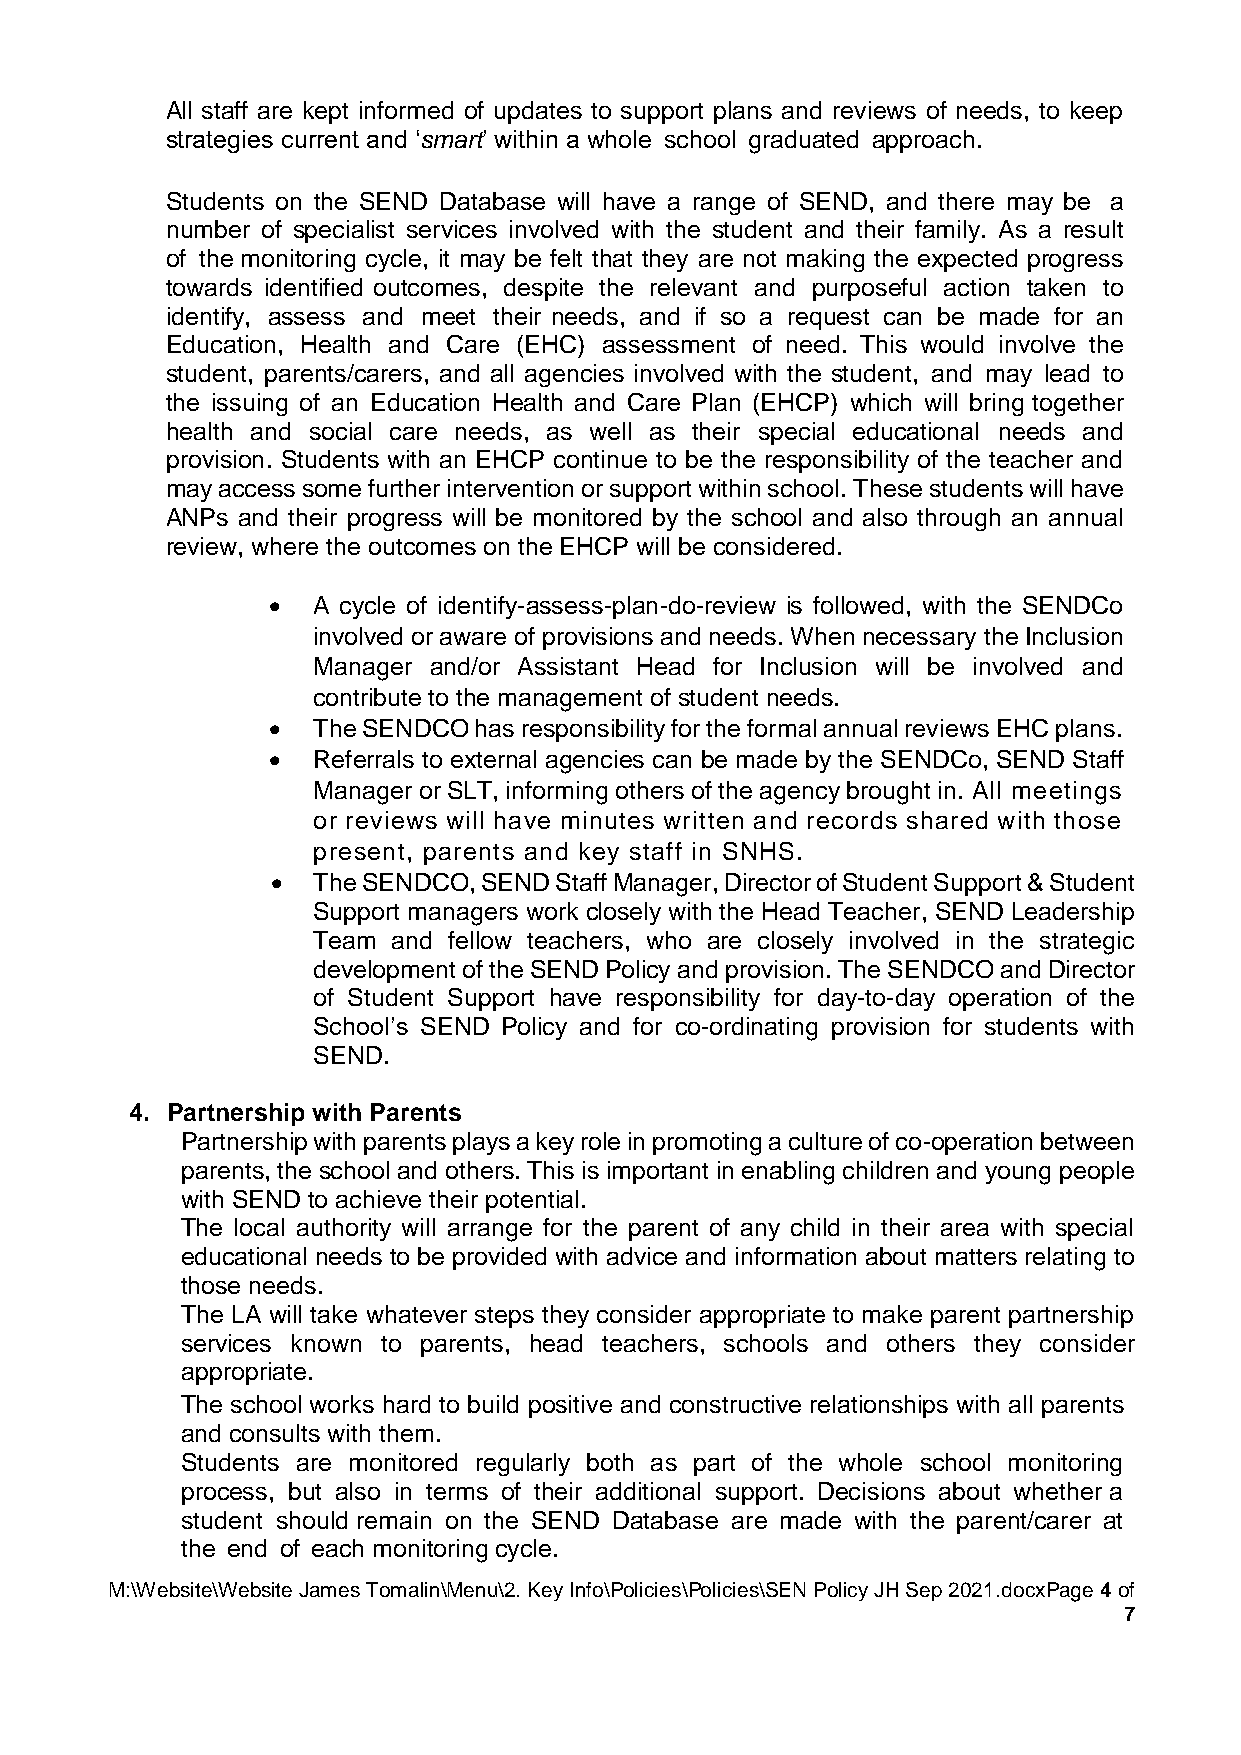
All staff are kept informed of updates to support plans and reviews of needs, to keep
 strategies current and ‘smart’ within a whole school graduated approach.
 Students on the SEND Database will have a range of SEND, and there may be a
 number of specialist services involved with the student and their family. As a result
 of the monitoring cycle, it may be felt that they are not making the expected progress
 towards identified outcomes, despite the relevant and purposeful action taken to
 identify, assess and meet their needs, and if so a request can be made for an
 Education, Health and Care (EHC) assessment of need. This would involve the
 student, parents/carers, and all agencies involved with the student, and may lead to
 the issuing of an Education Health and Care Plan (EHCP) which will bring together
 health and social care needs, as well as their special educational needs and
 provision. Students with an EHCP continue to be the responsibility of the teacher and
 may access some further intervention or support within school. These students will have
 ANPs and their progress will be monitored by the school and also through an annual
 review, where the outcomes on the EHCP will be considered.
 •  A cycle of identify-assess-plan-do-review is followed, with the SENDCo
 involved or aware of provisions and needs. When necessary the Inclusion
 Manager and/or Assistant Head for Inclusion will be involved and
 contribute to the management of student needs.
 •  The SENDCO has responsibility for the formal annual reviews EHC plans.
 •  Referrals to external agencies can be made by the SENDCo, SEND Staff
 Manager or SLT, informing others of the agency brought in. All meetings
 or reviews will have minutes written and records shared with those
 present, parents and key staff in SNHS.
 •  The SENDCO, SEND Staff Manager, Director of Student Support & Student
 Support managers work closely with the Head Teacher, SEND Leadership
 Team and fellow teachers, who are closely involved in the strategic
 development of the SEND Policy and provision. The SENDCO and Director
 of Student Support have responsibility for day-to-day operation of the
 School’s SEND Policy and for co-ordinating provision for students with
 SEND.
 4. Partnership with Parents
 Partnership with parents plays a key role in promoting a culture of co-operation between
 parents, the school and others. This is important in enabling children and young people
 with SEND to achieve their potential.
 The local authority will arrange for the parent of any child in their area with special
 educational needs to be provided with advice and information about matters relating to
 those needs.
 The LA will take whatever steps they consider appropriate to make parent partnership
 services known to parents, head teachers, schools and others they consider
 appropriate.
 The school works hard to build positive and constructive relationships with all parents
 and consults with them.
 Students are monitored regularly both as part of the whole school monitoring
 process, but also in terms of their additional support. Decisions about whether a
 student should remain on the SEND Database are made with the parent/carer at
 the end of each monitoring cycle.
 M:\Website\Website James Tomalin\Menu\2. Key Info\Policies\Policies\SEN Policy JH Sep 2021.docxPage 4 of
 7